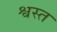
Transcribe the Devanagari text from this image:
श्वस्त